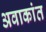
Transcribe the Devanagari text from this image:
अवाकांत